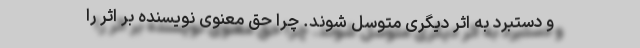
و دستبرد به اثر دیگری متوسل شوند. چرا حق معنوی نویسنده بر اثر را